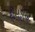
દીપડીએ